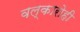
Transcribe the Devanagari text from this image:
वल्कारोही